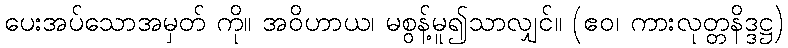
ပေးအပ်သောအမှတ် ကို။ အဝိဟာယ၊ မစွန့်မူ၍သာလျှင်။ (ဧဝ၊ ကားလုတ္တနိဒ္ဒဋ္ဌ)